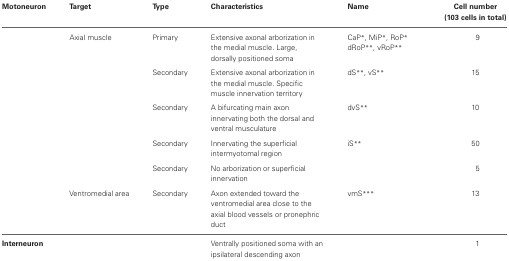
| Motoneuron | Target | Type | Characteristics | Name | Cell number (103 cells in total) |
 | --- | --- | --- | --- | --- | --- |
 |  | Axial muscle | Primary | Extensive axonal arborization in the medial muscle. Large, dorsally positioned soma | CaP*, MiP*, RoP* dRoP**, vRoP** | 9 |
 |  |  | Secondary | Extensive axonal arborization in the medial muscle. Specific muscle innervation territory | dS**, vS** | 15 |
 |  |  | Secondary | A bifurcating main axon innervating both the dorsal and ventral musculature | dvS** | 10 |
 |  |  | Secondary | Innervating the superficial intermyotomal region | iS** | 50 |
 |  |  | Secondary | No arborization or superficial innervation |  | 5 |
 |  | Ventromedial area | Secondary | Axon extended toward the ventromedial area close to the axial blood vessels or pronephric duct | vmS*** | 13 |
 | Interneuron |  |  | Ventrally positioned soma with an ipsilateral descending axon |  | 1 |